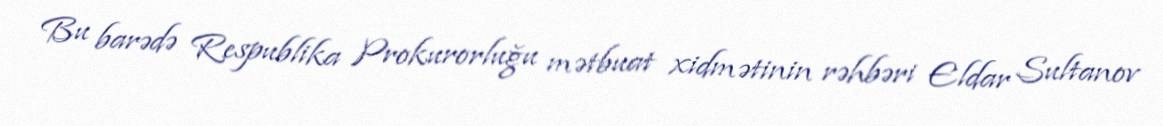
Bu barədə Respublika Prokurorluğu mətbuat xidmətinin rəhbəri Eldar Sultanov